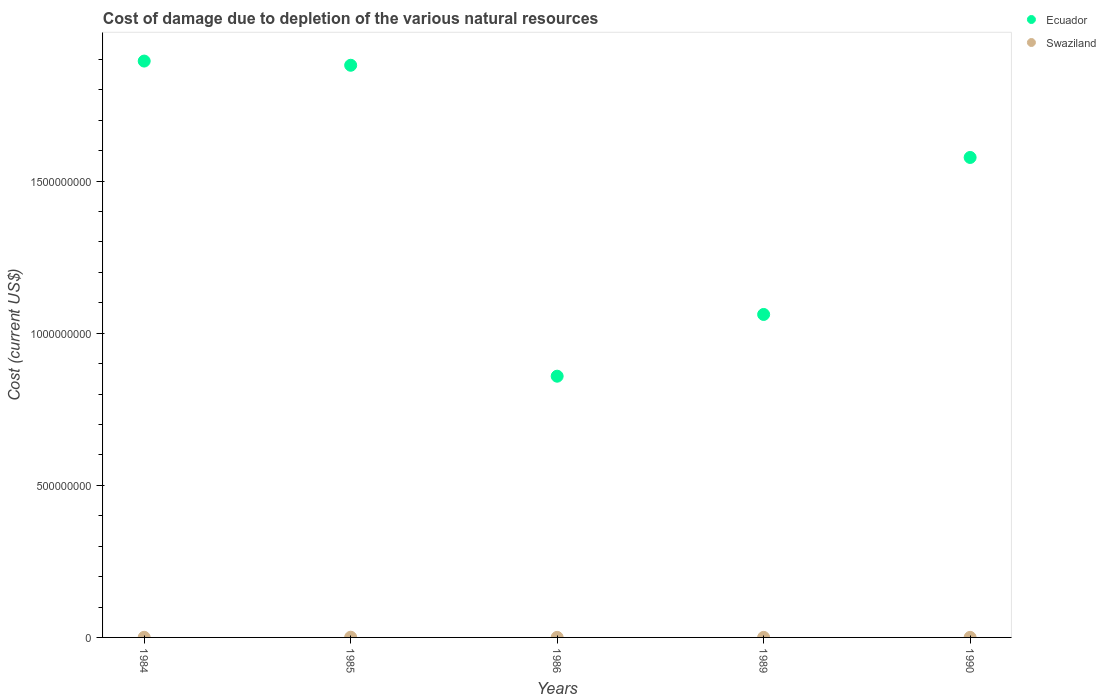
| Years | Ecuador | Swaziland |
 | --- | --- | --- |
 | 1984 | 1.89e+09 | 3.92e+05 |
 | 1985 | 1.88e+09 | 7.02e+05 |
 | 1986 | 8.59e+08 | 2.18e+05 |
 | 1989 | 1.06e+09 | 1.57e+05 |
 | 1990 | 1.58e+09 | 1.89e+05 |